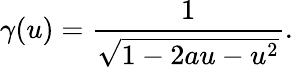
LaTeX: \gamma(u)=\frac{1}{\sqrt{1-2au-u^{2}}}.